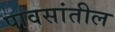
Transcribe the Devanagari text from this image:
पावसांतील